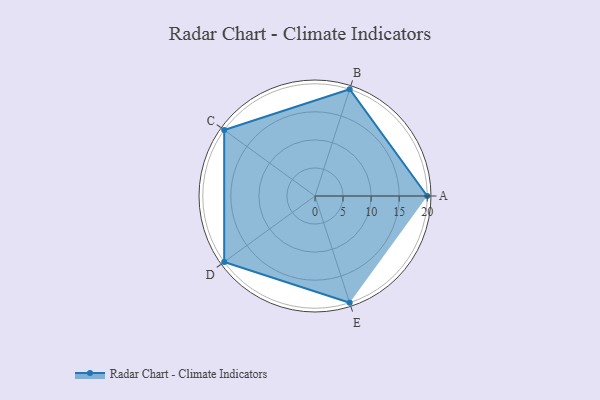
{"axis": {"x": "Skill", "y": "Score"}, "legend": ["Profile"], "data": [{"x": "A", "y": 20, "type": "Profile"}, {"x": "B", "y": 20, "type": "Profile"}, {"x": "C", "y": 20, "type": "Profile"}, {"x": "D", "y": 20, "type": "Profile"}, {"x": "E", "y": 20, "type": "Profile"}]}